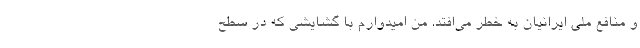
و منافع ملی ایرانیان به خطر می‌افتد. من امیدوارم با گشایشی که در سطح